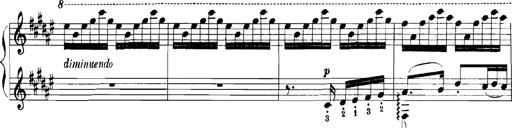
Title: Rhapsodies hongroises
Composer: Franz Liszt